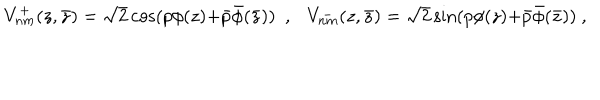
LaTeX: V _ { n m } ^ { + } ( z , \bar { z } ) = \sqrt { 2 } \cos ( p \phi ( z ) { + } \bar { p } \bar { \phi } ( \bar { z } ) ) ~ ~ , V _ { n m } ^ { - } ( z , \bar { z } ) = \sqrt { 2 } \sin ( p \phi ( z ) { + } \bar { p } \bar { \phi } ( \bar { z } ) ) ~ , ~ ~ ~